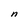
Character: n